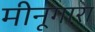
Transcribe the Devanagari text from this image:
मीनूगारा